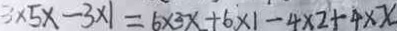
3 \times 5 x - 3 \times 1 = 6 \times 3 x + 6 \times 1 - 4 \times 2 + 4 \times x